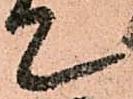
て